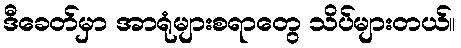
ဒီခေတ်မှာ အာရုံများစရာတွေ သိပ်များတယ်။